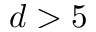
d > 5